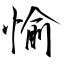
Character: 愉